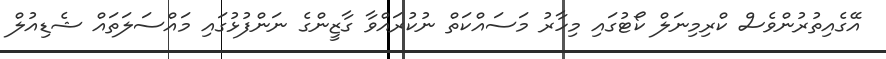
އޭގެއިތުރުންވެސް ކްރިމިނަލް ކޯޓުގައި މިހާރު މަސައްކަތް ނުކުރައްވާ ގާޒީންގެ ނަންފުޅުގައި މައްސަލަތައް ޝެޑިއުލް